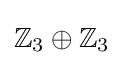
\mathbb {Z} _{3}\oplus \mathbb {Z} _{3}